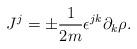
LaTeX: \begin{align*}J^j =\pm \frac{1}{2m}\epsilon^{jk}\partial_k\rho.\end{align*}